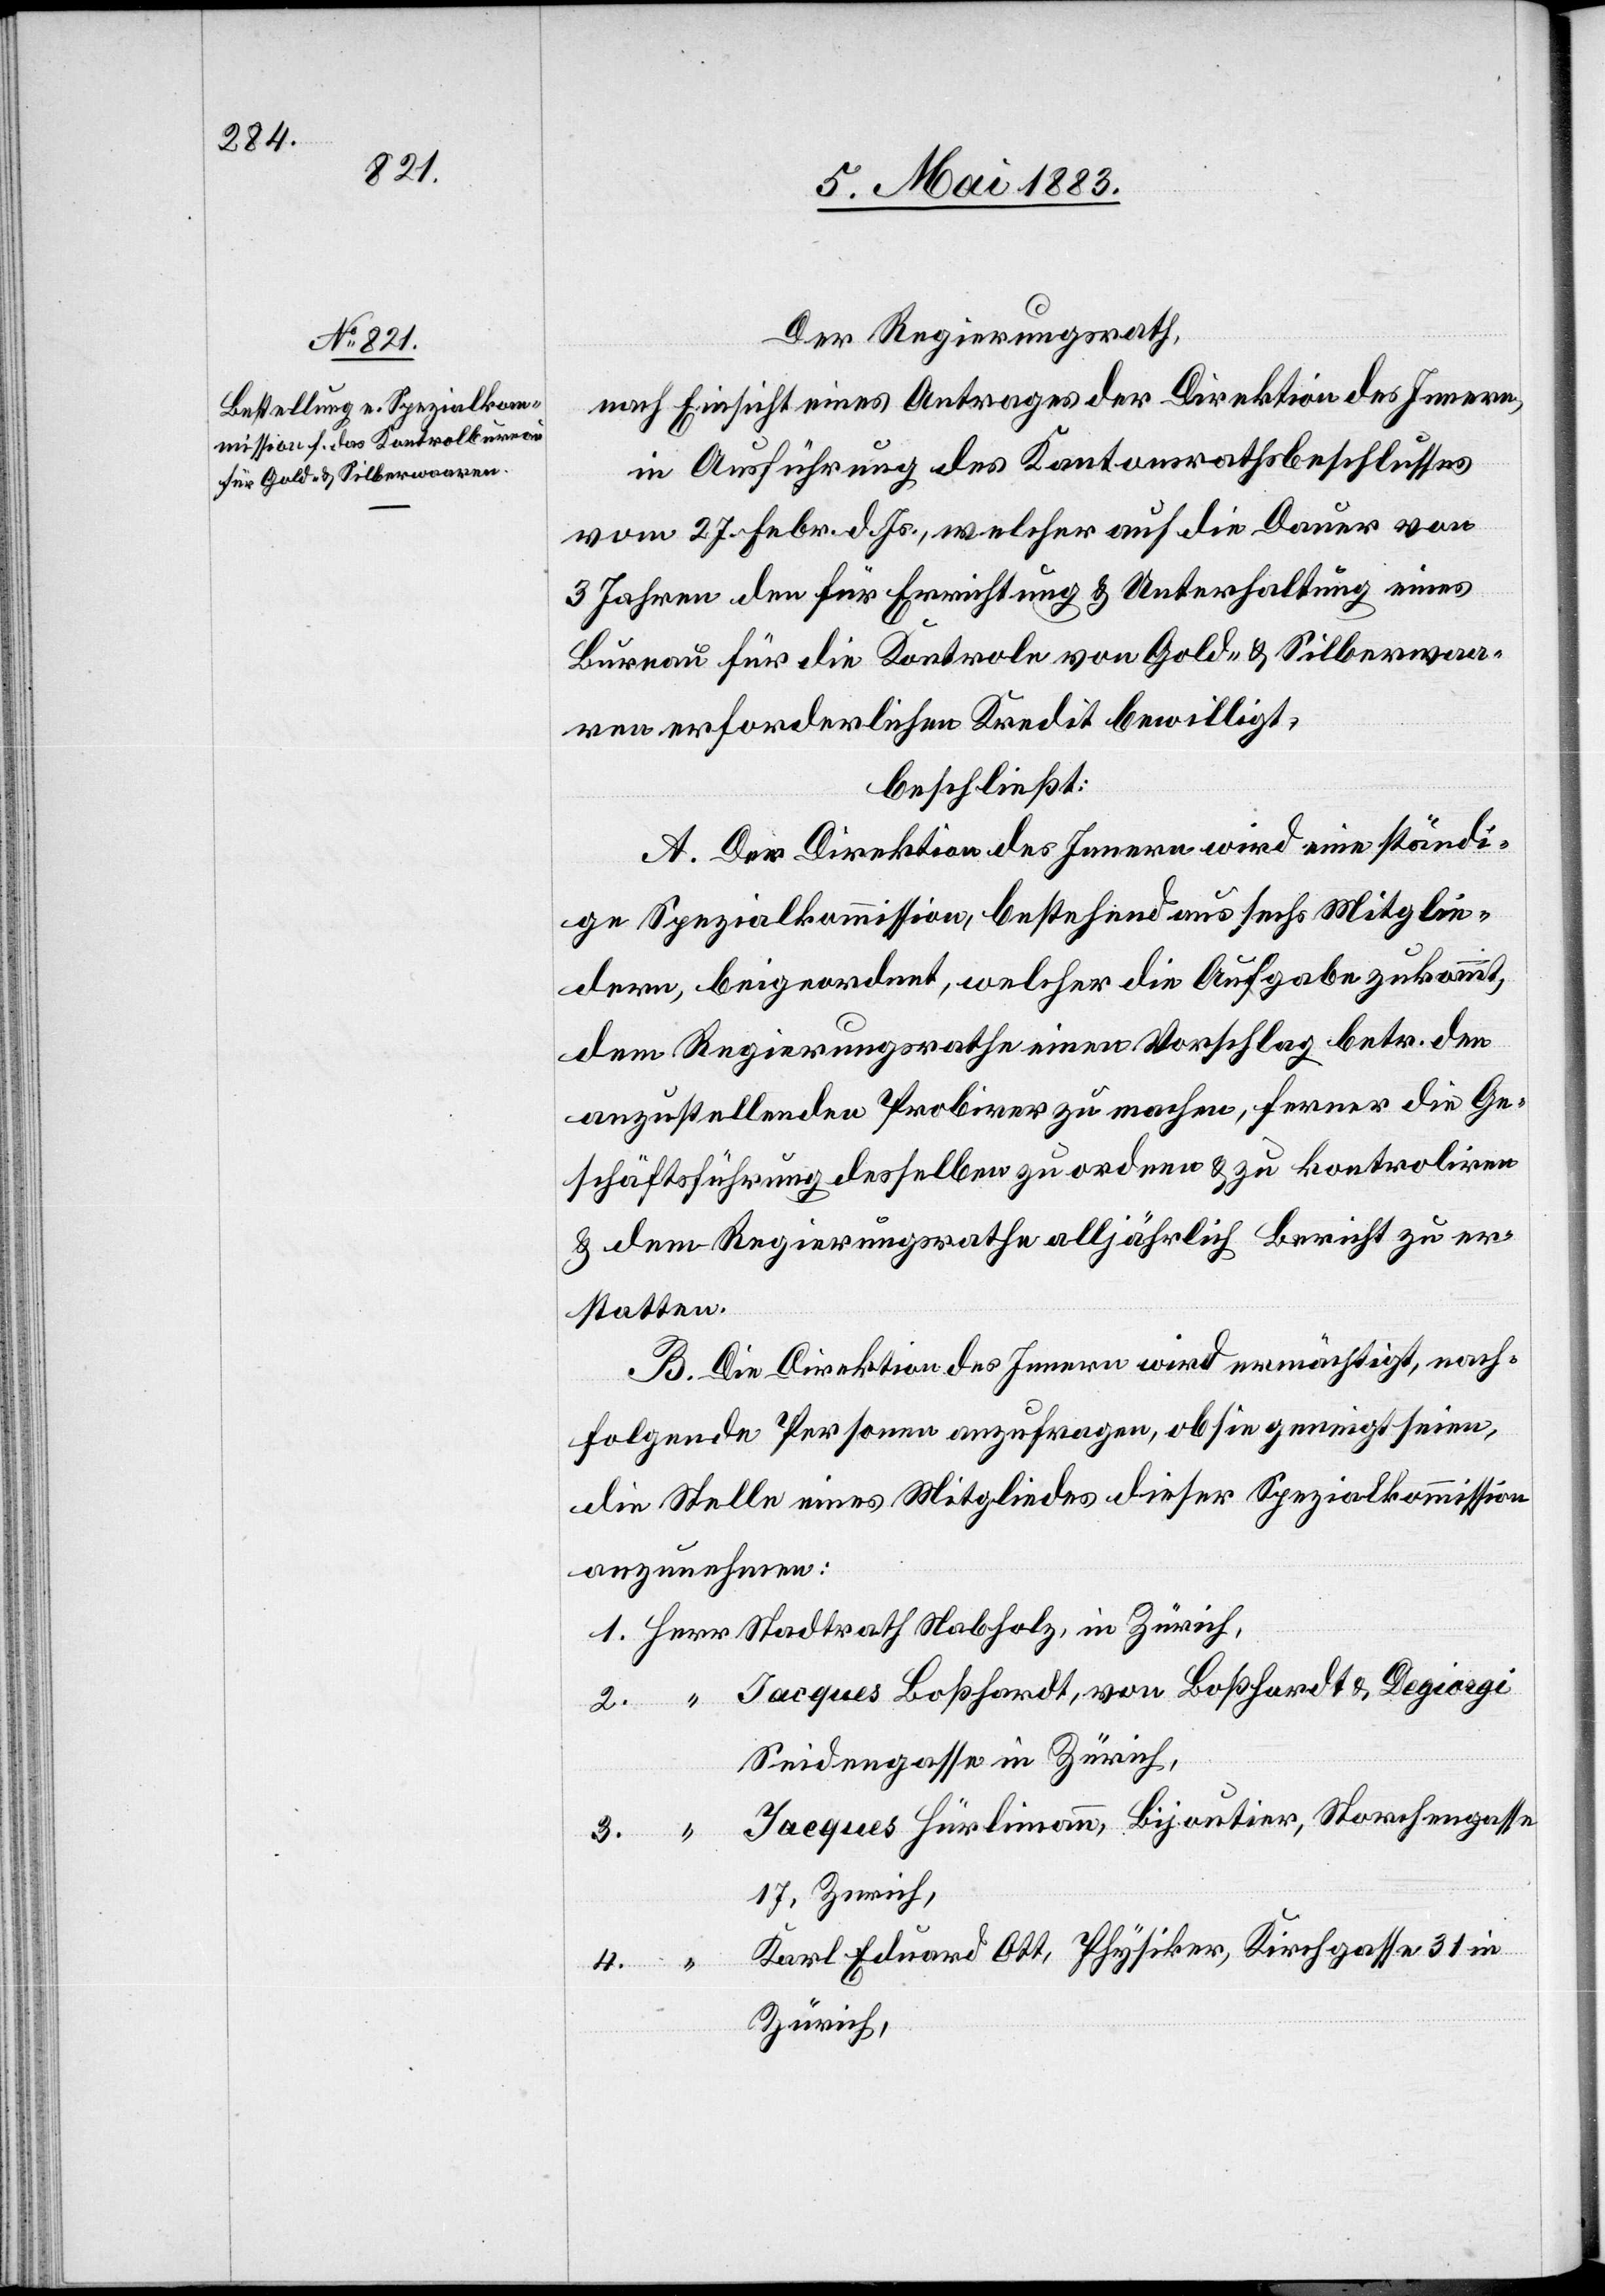
Der Regierungsrath,
nach Einsicht eines Antrages der Direktion des Innern,
in Ausführung des Kantonsrathsbeschlusses
vom 27. Febr. d. Js. welcher auf die Dauer von
3 Jahren den für Errichtung & Unterhaltung eines
Bureau für die Kontrole von Gold- & Silberwaa¬
ren erforderlichen Kredit bewilligt,
beschließt:
A. Der Direktion des Innern wird eine ständi¬
ge Spezialkommission, bestehend aus sechs Mitglie¬
dern, beigeordnet, welcher die Aufgabe zukommt,
dem Regierungsrathe einen Vorschlag betr. den
anzustellenden Probirer zu machen, ferner die Ge¬
schäftsführung desselben zu ordnen & zu kontroliren
& dem Regierungsrathe alljährlich Bericht zu er¬
statten.
B. Die Direktion des Innern wird ermächtigt, nach¬
folgende Personen anzufragen, ob sie geneigt seien,
die Stelle eines Mitgliedes dieser Spezialkommission
anzunehmen:
Jacques Boßhardt, von Boßhardt & Degiorgi
in
2.
Seidengasse in Zürich,
Jacques Hürlimann, Bijoutier, Storchengasse
3.
17, Zürich,
Karl Eduard Ott, Physiker, Kirchgasse 31 in
1.
Zürich,